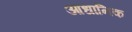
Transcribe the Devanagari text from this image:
आधानिक